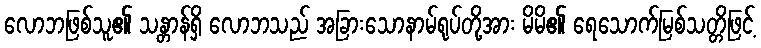
လောဘဖြစ်သူ၏ သန္တာန်ရှိ လောဘသည် အခြားသောနာမ်ရုပ်တို့အား မိမိ၏ ရေသောက်မြစ်သတ္တိဖြင့်